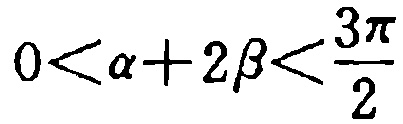
\(0<\alpha + 2\beta<\frac{3\pi}{2}\)